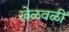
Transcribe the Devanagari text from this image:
खेळवळी